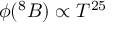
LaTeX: \phi ( ^ { 8 } B ) \propto T ^ { 2 5 }